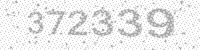
Solution: 372339